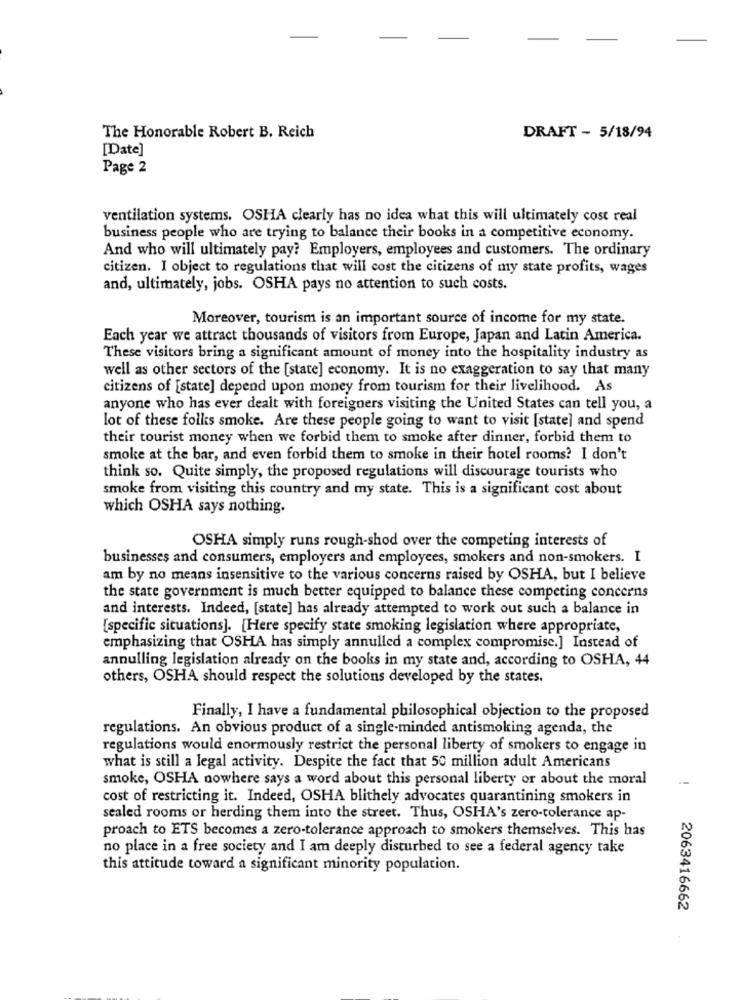
The Honorable Robert B. Reich
DRAFT - 5/18/94
[Date]
Page 2
ventilation systems. OSHA clearly has no idea what this will ultimately cost real
business people who are trying to balance their books in a competitive economy.
And who will ultimately pay? Employers, employees and customers. The ordinary
citizen. I object to regulations that will cost the citizens of my state profits, wages
and, ultimately, jobs. OSHA pays no attention to such costs.
Moreover, tourism is an important source of income for my state.
Each year we attract thousands of visitors from Europe, Japan and Latin America.
These visitors bring a significant amount of money into the hospitality industry as
well as other sectors of the [state] economy. It is no exaggeration to say that many
citizens of [state] depend upon money from tourism for their livelihood. As
anyone who has ever dealt with foreigners visiting the United States can tell you, a
lot of these folks smoke. Are these people going to want to visit [state] and spend
their tourist money when we forbid them to smoke after dinner, forbid them to
smoke at the bar, and even forbid them to smoke in their hotel rooms? I don't
think so. Quite simply, the proposed regulations will discourage tourists who
smoke from visiting this country and my state. This is a significant cost about
which OSHA says nothing.
OSHA simply runs rough-shod over the competing interests of
businesses and consumers, employers and employees, smokers and non-smokers. I
am by no means insensitive to the various concerns raised by OSHA, but I believe
the state government is much better equipped to balance these competing concerns
and interests. Indeed, [state] has already attempted to work out such a balance in
[specific situations]. [Here specify state smoking legislation where appropriate,
emphasizing that OSHA has simply annulled a complex compromise.] Instead of
annulling legislation already on the books in my state and, according to OSHA, 44
others, OSHA should respect the solutions developed by the states.
Finally, I have a fundamental philosophical objection to the proposed
regulations. An obvious product of a single-minded antismoking agenda, the
regulations would enormously restrict the personal liberty of smokers to engage in
what is still a legal activity. Despite the fact that 50 million adult Americans
smoke, OSHA nowhere says a word about this personal liberty or about the moral
cost of restricting it. Indeed, OSHA blithely advocates quarantining smokers in
sealed rooms or herding them into the street. Thus, OSHA's zero-tolerance ap-
proach to ETS becomes a zero-tolerance approach to smokers themselves. This has
no place in a free society and I am deeply disturbed to see a federal agency take
this attitude toward a significant minority population.
2063416662